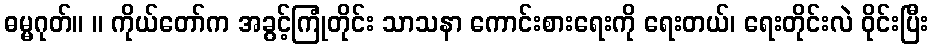
ဓမ္မဂုတ်။ ။ ကိုယ်တော်က အခွင့်ကြုံတိုင်း သာသနာ ကောင်းစားရေးကို ရေးတယ်၊ ရေးတိုင်းလဲ ဝိုင်းပြီး